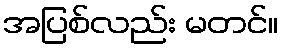
အပြစ်လည်း မတင်။